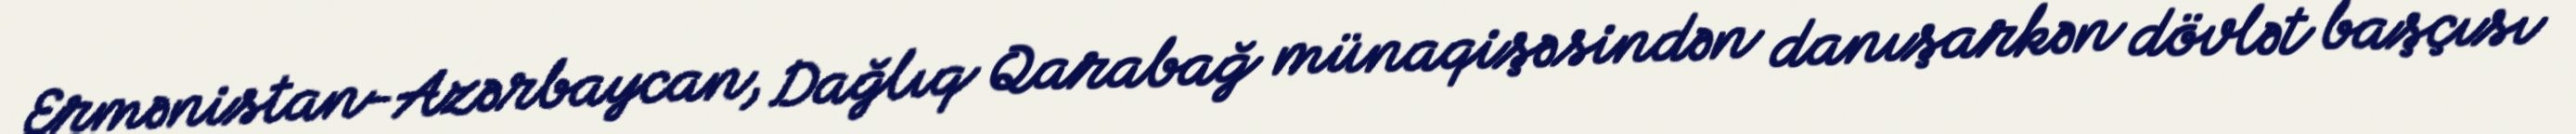
Ermənistan-Azərbaycan, Dağlıq Qarabağ münaqişəsindən danışarkən dövlət başçısı